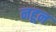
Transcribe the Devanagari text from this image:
नहून